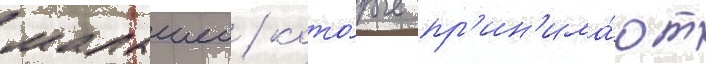
малышеи / кото́рые пр'ин'има́ют